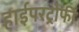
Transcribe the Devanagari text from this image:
हाईपरट्रोफी